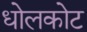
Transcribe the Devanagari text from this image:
धोलकोट